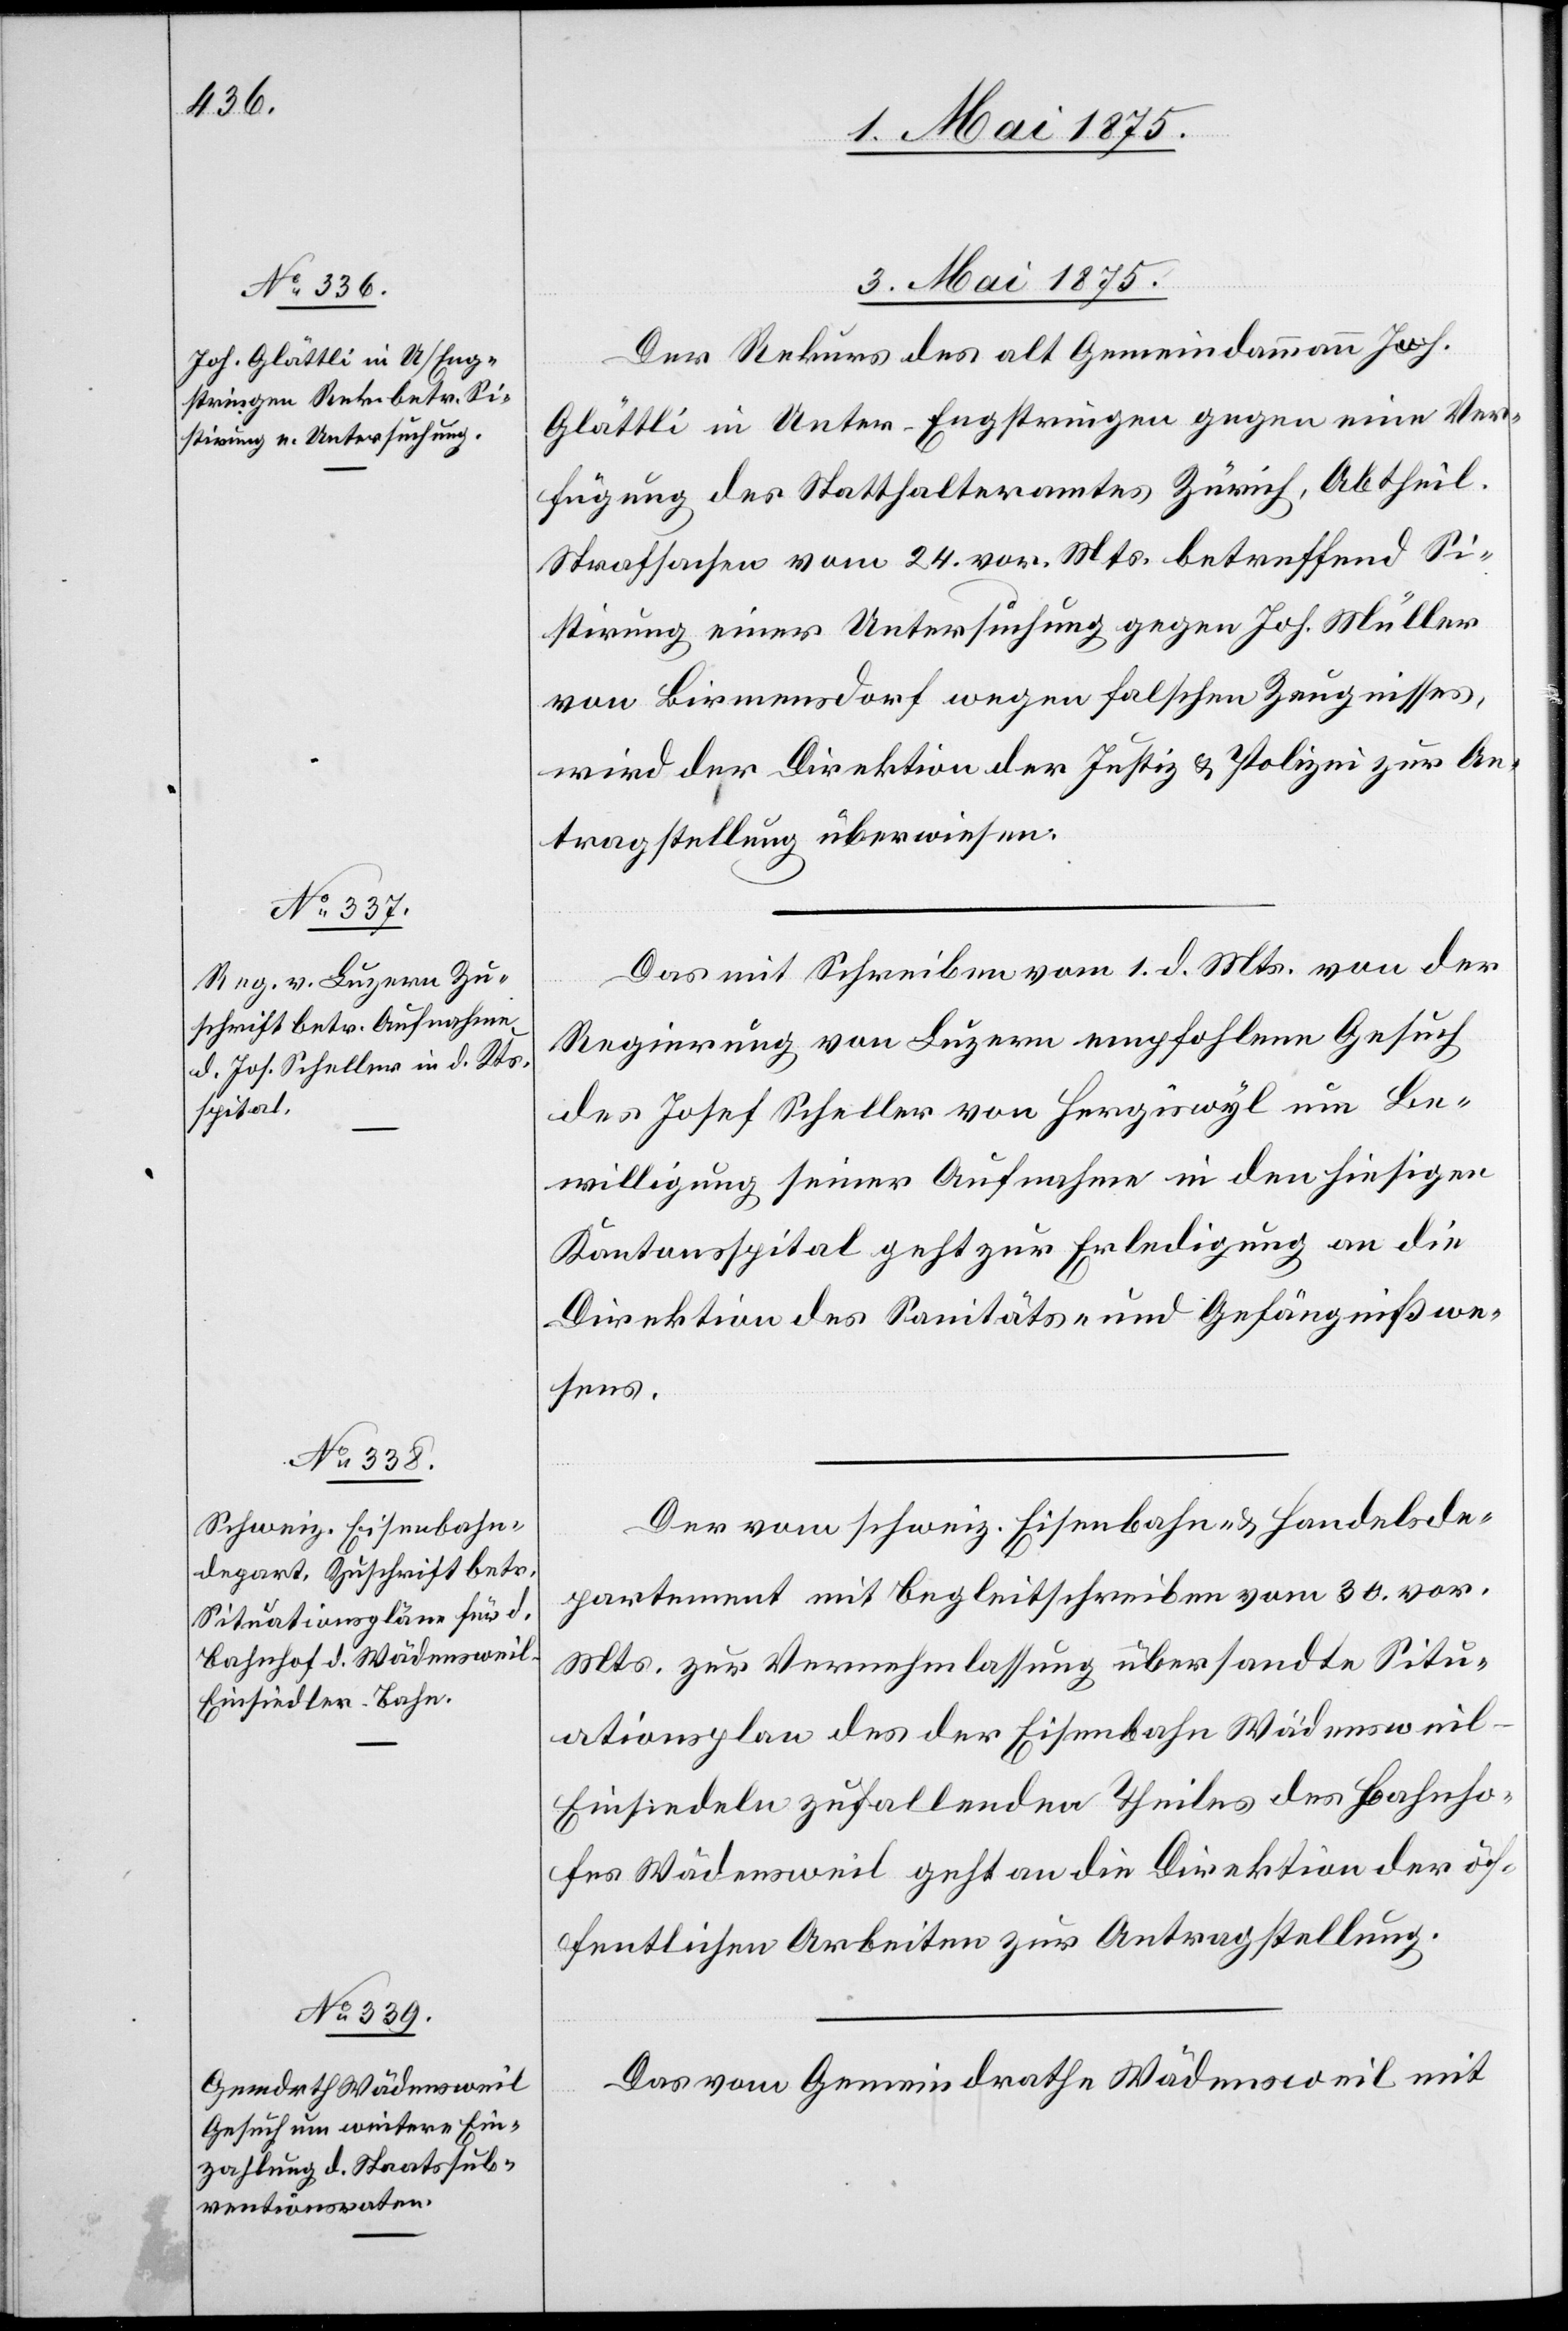
3. Mai 1875.]
Der Rekurs des alt Gemeindammann Joh.
Glättli in Unter-Engstringen gegen eine Ver¬
fügung des Statthalteramtes Zürich, Abtheil.
Strafsachen vom 24. vor. Mts. betreffend Si¬
stirung einer Untersuchung gegen Joh. Müller
von Birmensdorf wegen falschen Zeugnisses,
wird der Direktion der Justiz & Polizei zur An¬
tragstellung überwiesen.
Das mit Schreiben vom 1. d. Mts von der
Regierung von Luzern empfohlenen Gesuch
des Josef Scheller von Hergisweil um Be¬
willigung seiner Aufnahme in den hiesigen
Kantonsspital geht zur Erledigung an die
Direktion des Sanitäts- und Gefängnißwe¬
sens.
Der vom schweiz. Eisenbahn- & Handelsde¬
partement mit Begleitschreiben vom 30. vor.
Mts. zur Vernehmlassung übersandte Situ¬
ationsplan des der Eisenbahn Wädenswei¬
l–Einsiedeln zufallenden Theiles des Bahnho¬
fes Wädensweil geht an die Direktion der öf¬
fentlichen Arbeiten zur Antragstellung.
Das vom Gemeinderathe Wädensweil mit